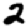
Digit: 2